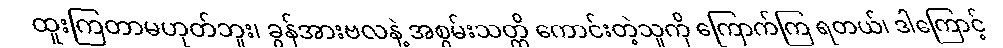
ထူးကြတာမဟုတ်ဘူး၊ ခွန်အားဗလနဲ့ အစွမ်းသတ္တိ ကောင်းတဲ့သူကို ကြောက်ကြ ရတယ်၊ ဒါကြောင့်